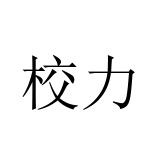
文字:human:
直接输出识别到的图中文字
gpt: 校力